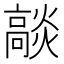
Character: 𭶟